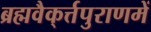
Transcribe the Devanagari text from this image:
ब्रह्मवैक्‌र्त्तपुराणमें